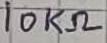
Text: 10KΩ